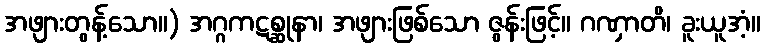
အဖျားတွန့်သော။) အဂ္ဂကဋစ္ဆုနာ၊ အဖျားဖြစ်သော ဇွန်းဖြင့်။ ဂဏှာတိ၊ ခူးယူအံ့။